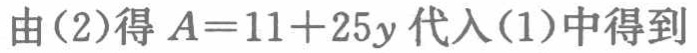
由(2)得\(A = 11 + 25y\)代入(1)中得到